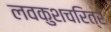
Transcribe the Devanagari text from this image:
लवकुशचरित्र